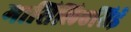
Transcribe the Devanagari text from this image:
मासिलिएसिई